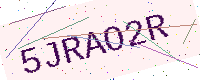
Text: 5JRAO2R